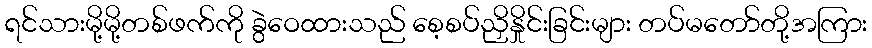
ရင်သားမို့မို့တစ်ဖက်ကို ခွဲဝေထားသည် စေ့စပ်ညှိနှိုင်းခြင်းများ တပ်မတော်တို့အကြား